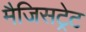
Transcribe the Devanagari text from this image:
मैजिसट्रेट